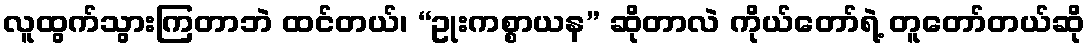
လူထွက်သွားကြတာဘဲ ထင်တယ်၊ “ဥုးကစ္စာယန” ဆိုတာလဲ ကိုယ်တော်ရဲ့ တူတော်တယ်ဆို